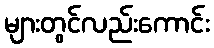
များတွင်လည်းကောင်း